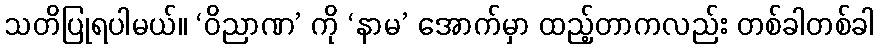
သတိပြုရပါမယ်။ ‘ဝိညာဏ’ ကို ‘နာမ’ အောက်မှာ ထည့်တာကလည်း တစ်ခါတစ်ခါ